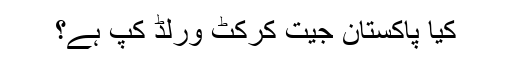
کیا پاکستان جیت کرکٹ ورلڈ کپ ہے؟